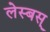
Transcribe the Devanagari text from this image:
लेस्बस्